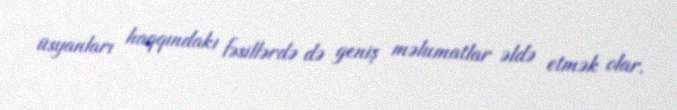
üsyanları haqqındakı fəsillərdə də geniş məlumatlar əldə etmək olar.